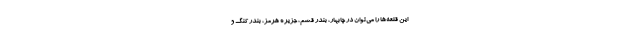
این قلعه‌ها را می‌توان در چابهار، بندر قشم، جزیره هرمز، بندر کنگ و